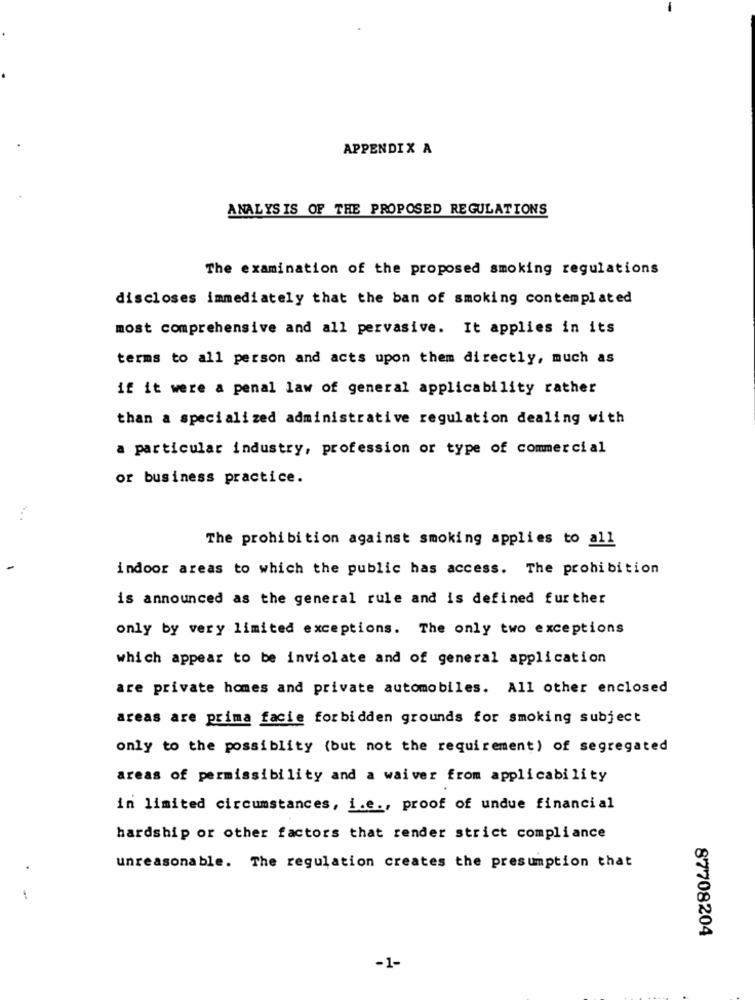
APPENDIX A
ANALYSIS OF THE PROPOSED REGULATIONS
The examination of the proposed smoking regulations
discloses immediately that the ban of smoking contemplated
most comprehensive and all pervasive. It applies in its
terms to all person and acts upon them directly, much as
if it were a penal law of general applicability rather
than a specialized administrative regulation dealing with
a particular industry, profession or type of commercial
or business practice.
The prohibition against smoking applies to all
indoor areas to which the public has access. The prohibition
is announced as the general rule and is defined further
only by very limited exceptions. The only two exceptions
which appear to be inviolate and of general application
are private homes and private automobiles. All other enclosed
areas are prima facie forbidden grounds for smoking subject
only to the possiblity (but not the requirement) of segregated
areas of permissibility and a waiver from applicability
in limited circumstances, i.e ., proof of undue financial
hardship or other factors that render strict compliance
.
unreasonable. The regulation creates the presumption that
87708204
-1-